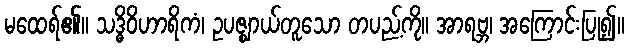
မထေရ်၏။ သဒ္ဓိဝိဟာရိကံ၊ ဥပဇ္ဈာယ်တူသော တပည့်ကို။ အာရဗ္ဘ၊ အကြောင်းပြု၍။